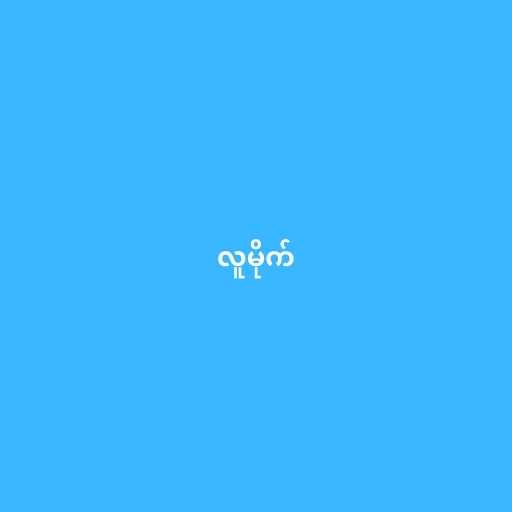
လူမိုက်